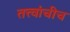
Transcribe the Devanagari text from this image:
तत्त्वांचीच